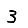
Digit: 3